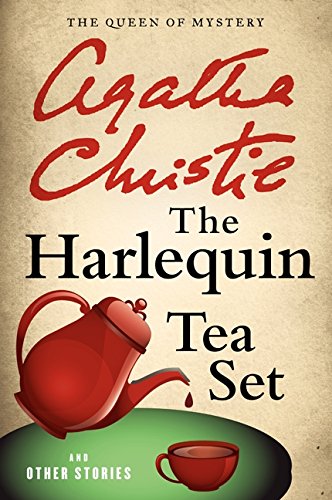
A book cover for The Harlequin Tea Set and Other Stories (Agatha Christie Collection); Agatha Christie; Mystery, Thriller & Suspense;